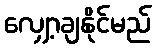
လျှော့ချနိုင်မည်